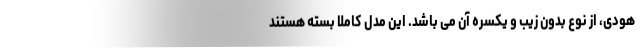
هودی، از نوع بدون زیب و یکسره آن می باشد. این مدل کاملا بسته هستند